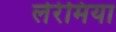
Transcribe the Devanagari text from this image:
लेरेमिया